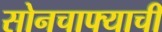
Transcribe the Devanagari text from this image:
सोनचाफ्याची